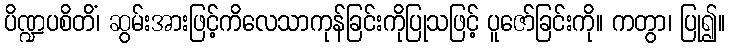
ပိဏ္ဍပစိတိံ၊ ဆွမ်းအားဖြင့်ကိလေသာကုန်ခြင်းကိုပြုသဖြင့် ပူဇော်ခြင်းကို။ ကတွာ၊ ပြု၍။